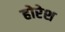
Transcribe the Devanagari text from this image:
होरेश